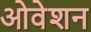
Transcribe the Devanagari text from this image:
ओवेशन